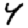
Digit: 4